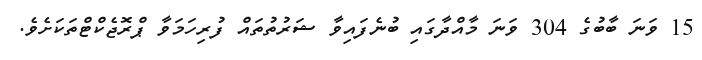
15 ވަނަ ބާބުގެ 304 ވަނަ މާއްދާގައި ބުނެފައިވާ ޝަރުތުތައް ފުރިހަމަވާ ޕްރޮޖެކްޓްތަކަށެވެ.